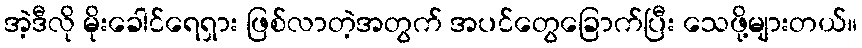
အဲ့ဒီလို မိုးခေါင်ရေရှား ဖြစ်လာတဲ့အတွက် အပင်တွေခြောက်ပြီး သေဖို့များတယ်။